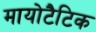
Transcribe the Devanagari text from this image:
मायोटैटिक